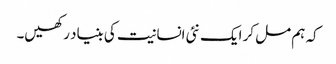
کہ ہم مل کر ایک نئی انسانیت کی بنیاد رکھیں۔